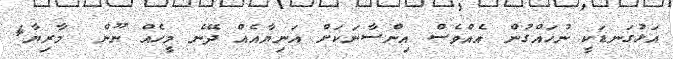
އަޅުގަނޑަކީ ނުހައްގުން އެއްވެސް އިންސާނަކަށް އަނިޔާއެއް ދޭނެ މީހެއް ނޫން  މާރިޔާ4